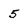
Character: 5